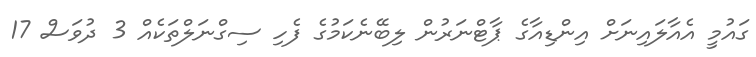
ގައުމީ އެއާލައިނަށް އިންޑިއާގެ ޕާޓްނަރުން ލިބޭނެކަމުގެ ފެހި ސިގްނަލްތަކެއް 3 ދުވަސް 17